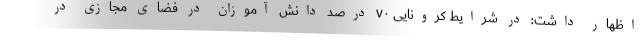
اظهار داشت: در شرایط کرونایی ۷۰ درصد دانش آموزان در فضای مجازی در